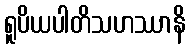
ရူပိယပါတိသဟဿာနိ